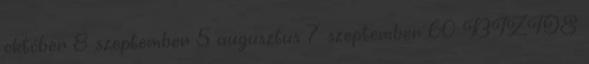
október 8 szeptember 5 augusztus 7 szeptember 60 BIZTOS